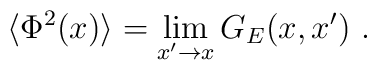
\langle\Phi^2(x)\rangle=\lim_{x'\to x}G_E(x,x') \ .